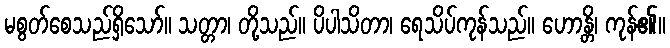
မစွတ်စေသည်ရှိသော်။ သတ္တာ၊ တို့သည်။ ပိပါသိတာ၊ ရေသိပ်ကုန်သည်။ ဟောန္တိ၊ ကုန်၏။